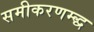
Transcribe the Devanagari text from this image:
समीकरणम्द्ध